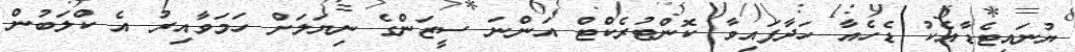
ޔުނައިޓެޑާއެކު ޑެހެއާ ހަދާފައިވާ ކޮންޓުރެކްޓް އަންނަ ސީޒަންގެ ނިޔަލަށް ހަމަވާއިރު އެ ކްލަބުން